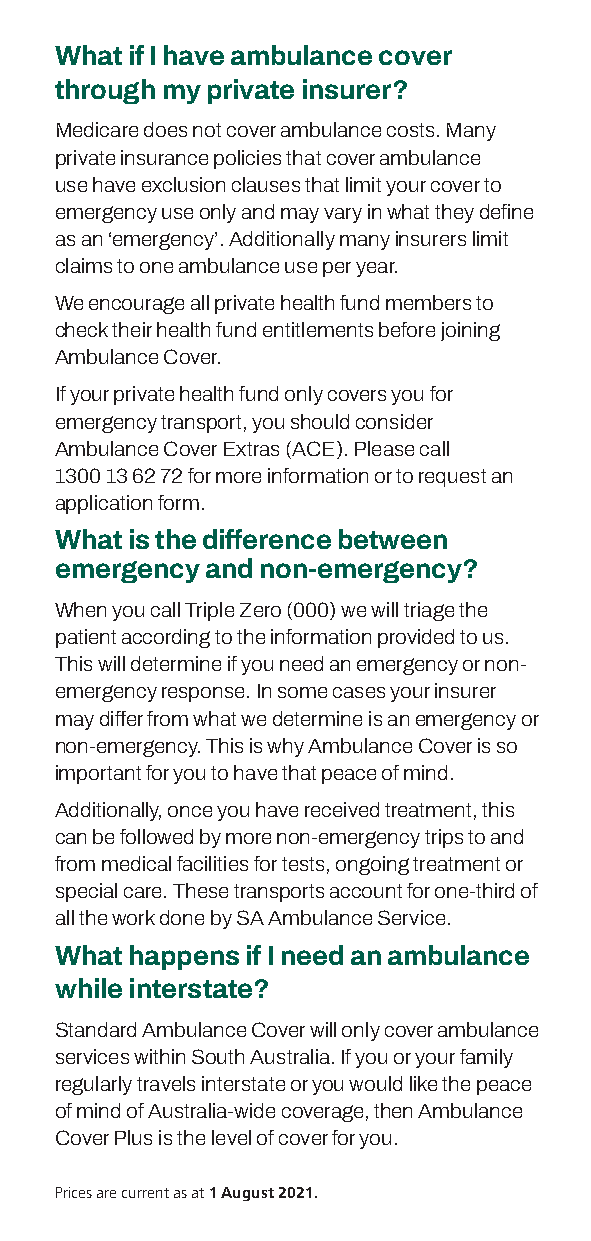
What if I have ambulance cover
 through my private insurer?
 Medicare does not cover ambulance costs. Many
 private insurance policies that cover ambulance
 use have exclusion clauses that limit your cover to
 emergency use only and may vary in what they define
 as an ‘emergency’. Additionally many insurers limit
 claims to one ambulance use per year.
 We encourage all private health fund members to
 check their health fund entitlements before joining
 Ambulance Cover.
 If your private health fund only covers you for
 emergency transport, you should consider
 Ambulance Cover Extras (ACE). Please call
 1300 13 62 72 for more information or to request an
 application form.
 What is the difference between
 emergency and non-emergency?
 When you call Triple Zero (000) we will triage the
 patient according to the information provided to us.
 This will determine if you need an emergency or non-
 emergency response. In some cases your insurer
 may differ from what we determine is an emergency or
 non-emergency. This is why Ambulance Cover is so
 important for you to have that peace of mind.
 Additionally, once you have received treatment, this
 can be followed by more non-emergency trips to and
 from medical facilities for tests, ongoing treatment or
 special care. These transports account for one-third of
 all the work done by SA Ambulance Service.
 What happens if I need an ambulance
 while interstate?
 Standard Ambulance Cover will only cover ambulance
 services within South Australia. If you or your family
 regularly travels interstate or you would like the peace
 of mind of Australia-wide coverage, then Ambulance
 Cover Plus is the level of cover for you.
 Prices are current as at 1 August 2021.